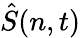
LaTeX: \hat{S}(n,t)